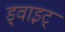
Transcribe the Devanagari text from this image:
ड्वाइट्